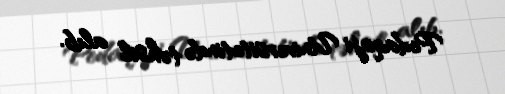
Pedaqoji Universitetində təhsil alıb.